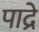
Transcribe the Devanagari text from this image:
पाद्रे